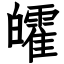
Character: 皬